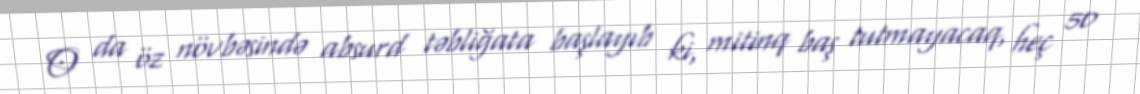
O da öz növbəsində absurd təbliğata başlayıb ki, mitinq baş tutmayacaq, heç 50